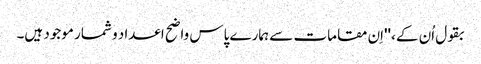
بقول اُن کے، ''اِن مقامات سے ہمارے پاس واضح اعداد و شمار موجود ہیں۔